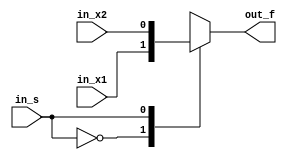
`timescale 1ns / 1ps
//////////////////////////////////////////////////////////////////////////////////
// Company: 
// Engineer: 
// 
// Design Name: 
// Module Name: MUX_2X1_Behavioral
// Project Name: 
// Target Devices: 
// Tool Versions: 
// Description: 
// 
// Dependencies: 
// 
// Revision:
// Revision 0.01 - File Created
// Additional Comments:
// 
//////////////////////////////////////////////////////////////////////////////////


module MUX_2X1_Behavioral(
    input in_x1, in_x2, in_s,
    output reg out_f
    );
//    always @(in_x1, in_x2, in_s)
//    begin
//        if (in_s)
//        begin
//            out_f = in_x2;
//        end
//        else
//        begin
//            out_f = in_x1;
//        end  
//    end
    always @(in_x1, in_x2, in_s)
    begin
        case(in_s)
            0: out_f = in_x1;
            1: out_f = in_x2;
        endcase
    end
    

endmodule